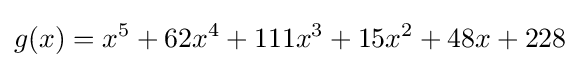
g(x)=x^{5}+62x^{4}+111x^{3}+15x^{2}+48x+228